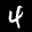
Label: 4